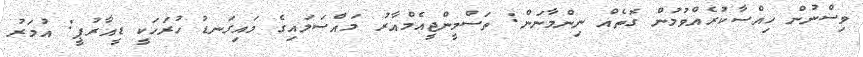
ވިސްނުން ހިއްސާކުރެއްވުމުން ގޮތެއް ނިންމާނަން: ތަސްމީންޖީއެމްއާރު މައްސަލައިގެ މައިގަނޑު ހުރަހަކީ ޑީއާރުޕީ: އުމަރު